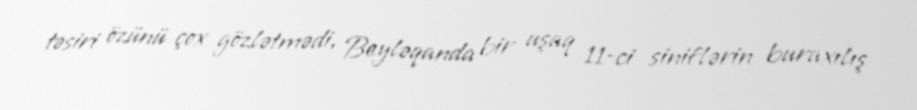
təsiri özünü çox gözlətmədi, Beyləqanda bir uşaq 11-ci siniflərin buraxılış